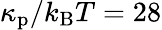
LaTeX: \kappa_{\mathrm{p}}/k_{\mathrm{B}}T=28